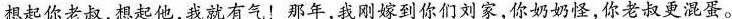
想起你老叔，想他，我就有气！那年，刚嫁到你们刘家，你奶奶怪，你老叔更混蛋。